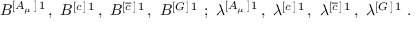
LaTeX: B ^ { [ A _ { \mu } \, ] \, 1 } \, , \, \, B ^ { [ c \, ] \, 1 } \, , \, \, B ^ { [ \overline { { c } } \, ] \, 1 } \, , \, \, B ^ { [ G \, ] \, 1 } \, \, ; \, \, \lambda ^ { [ A _ { \mu } \, ] \, 1 } \, , \, \, \lambda ^ { [ c \, ] \, 1 } \, , \, \, \lambda ^ { [ \overline { { c } } \, ] \, 1 } \, , \, \, \lambda ^ { [ G \, ] \, 1 } \, \, . \nonumber